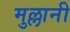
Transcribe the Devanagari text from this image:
मुल्लानी